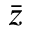
\bar { z }